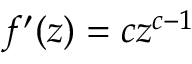
f ^ { \prime } ( z ) = c z ^ { c - 1 }